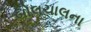
બોલચાલના